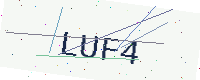
Text: LUF4